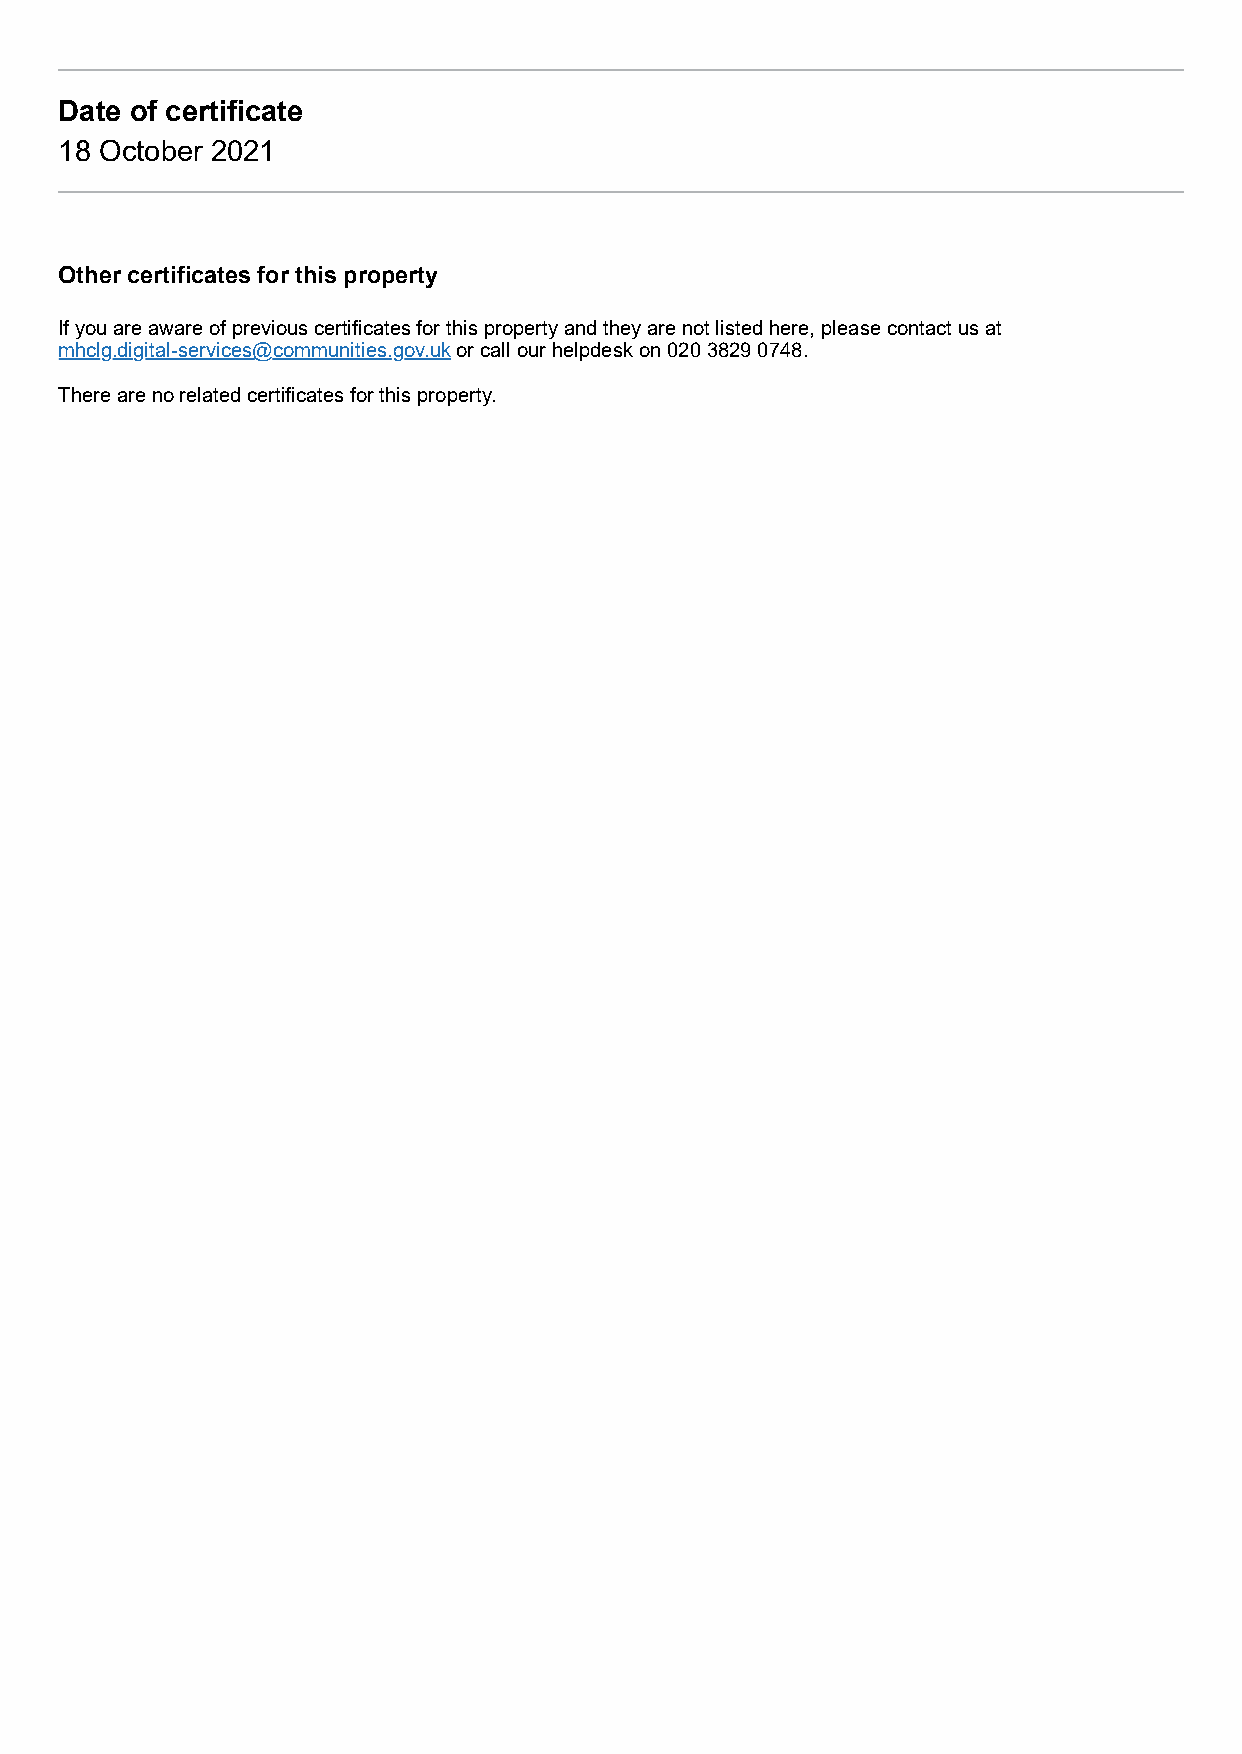
Date of certificate
 18 October 2021
 Other certificates for this property
 If you are aware of previous certificates for this property and they are not listed here, please contact us at
 mhclg.digital-services@communities.gov.uk or call our helpdesk on 020 3829 0748.
 There are no related certificates for this property.